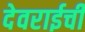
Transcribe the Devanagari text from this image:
देवराईची